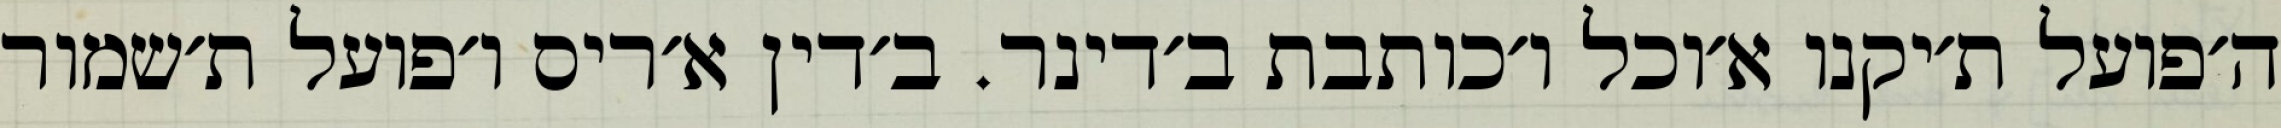
ה׳פועל ת׳יקנו א׳וכל ו׳כותבת ב׳דינר. ב׳דין א׳ריס ו׳פועל ת׳שמור